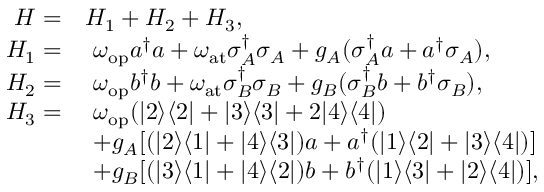
\begin{array} { r l } { H = } & { H _ { 1 } + H _ { 2 } + H _ { 3 } , } \\ { H _ { 1 } = } & { ~ \omega _ { \mathrm { o p } } a ^ { \dagger } a + \omega _ { \mathrm { a t } } \sigma _ { A } ^ { \dagger } \sigma _ { A } + g _ { A } ( \sigma _ { A } ^ { \dagger } a + a ^ { \dagger } \sigma _ { A } ) , } \\ { H _ { 2 } = } & { ~ \omega _ { \mathrm { o p } } b ^ { \dagger } b + \omega _ { \mathrm { a t } } \sigma _ { B } ^ { \dagger } \sigma _ { B } + g _ { B } ( \sigma _ { B } ^ { \dagger } b + b ^ { \dagger } \sigma _ { B } ) , } \\ { H _ { 3 } = } & { ~ \omega _ { \mathrm { o p } } ( | 2 \rangle \langle 2 | + | 3 \rangle \langle 3 | + 2 | 4 \rangle \langle 4 | ) } \\ & { ~ + g _ { A } [ ( | 2 \rangle \langle 1 | + | 4 \rangle \langle 3 | ) a + a ^ { \dagger } ( | 1 \rangle \langle 2 | + | 3 \rangle \langle 4 | ) ] } \\ & { ~ + g _ { B } [ ( | 3 \rangle \langle 1 | + | 4 \rangle \langle 2 | ) b + b ^ { \dagger } ( | 1 \rangle \langle 3 | + | 2 \rangle \langle 4 | ) ] , } \end{array}